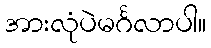
အားလုံပဲမင်္ဂလာပါ။